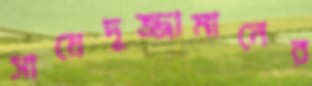
সায়েদুজ্জামানের